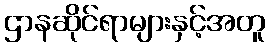
ဌာနဆိုင်ရာများနှင့်အတူ